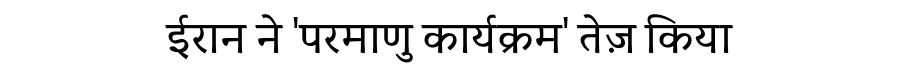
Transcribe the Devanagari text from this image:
ईरान ने 'परमाणु कार्यक्रम' तेज़ किया